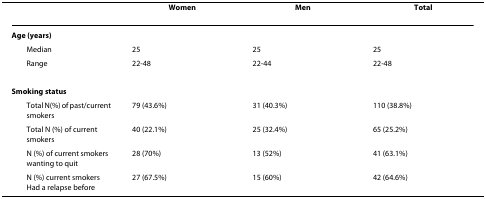
<table><thead><tr><td></td><td><b>Women</b></td><td><b>Men</b></td><td><b>Total</b></td></tr></thead><tbody><tr><td><b>Age (years)</b></td><td></td><td></td><td></td></tr><tr><td> Median</td><td>25</td><td>25</td><td>25</td></tr><tr><td> Range</td><td>22-48</td><td>22-44</td><td>22-48</td></tr><tr><td><b>Smoking status</b></td><td></td><td></td><td></td></tr><tr><td> Total N(%) of past/current smokers</td><td>79 (43.6%)</td><td>31 (40.3%)</td><td>110 (38.8%)</td></tr><tr><td> Total N (%) of current smokers</td><td>40 (22.1%)</td><td>25 (32.4%)</td><td>65 (25.2%)</td></tr><tr><td> N (%) of current smokers wanting to quit</td><td>28 (70%)</td><td>13 (52%)</td><td>41 (63.1%)</td></tr><tr><td> N (%) current smokers Had a relapse before</td><td>27 (67.5%)</td><td>15 (60%)</td><td>42 (64.6%)</td></tr></tbody></table>